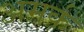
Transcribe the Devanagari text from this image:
अमर्क